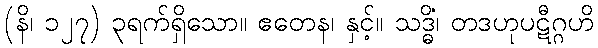
(နိ၊ ၁၂၇) ၃ရက်ရှိသော။ ဧတေန၊ နှင့်။ သဒ္ဓိံ၊ တဒဟုပဋီဂ္ဂဟိ